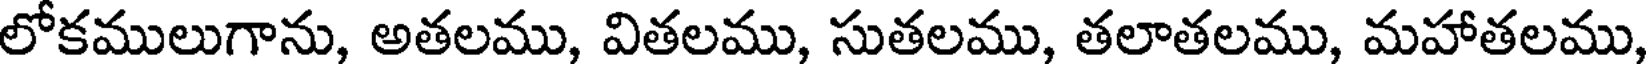
లోకములుగాను, అతలము, వితలము, సుతలము, తలాతలము, మహాతలము,